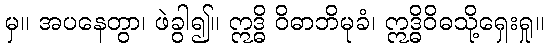
မှ။ အပနေတွာ၊ ဖဲခွါ၍။ ဣဒ္ဓိ ဝိဓာဘိမုခံ၊ ဣဒ္ဓိဝိဓသို့ရှေးရှု။